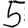
Digit: 5